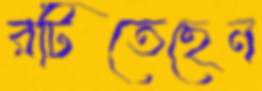
রটিতেছেন